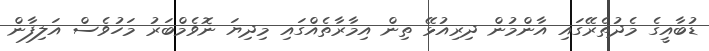
ޑުބާއީގެ މެދުތެރޭގައި އާންމުން ދިރިއުޅޭ ތިން އިމާރާތެއްގައި މިދިޔަ ނޮވެމްބަރު މަހުވެސް އަލިފާން